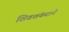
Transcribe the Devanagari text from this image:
शिवशंकराने